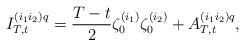
LaTeX: \begin{align*}I_{T,t}^{(i_1 i_2)q}=\frac{T-t}{2}\zeta_{0}^{(i_1)}\zeta_{0}^{(i_2)}+A_{T,t}^{(i_1 i_2)q},\end{align*}